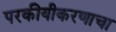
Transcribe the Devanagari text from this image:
परकीयीकरणाचा